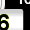
Digit: 6